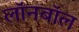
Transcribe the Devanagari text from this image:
लॉनबॉल